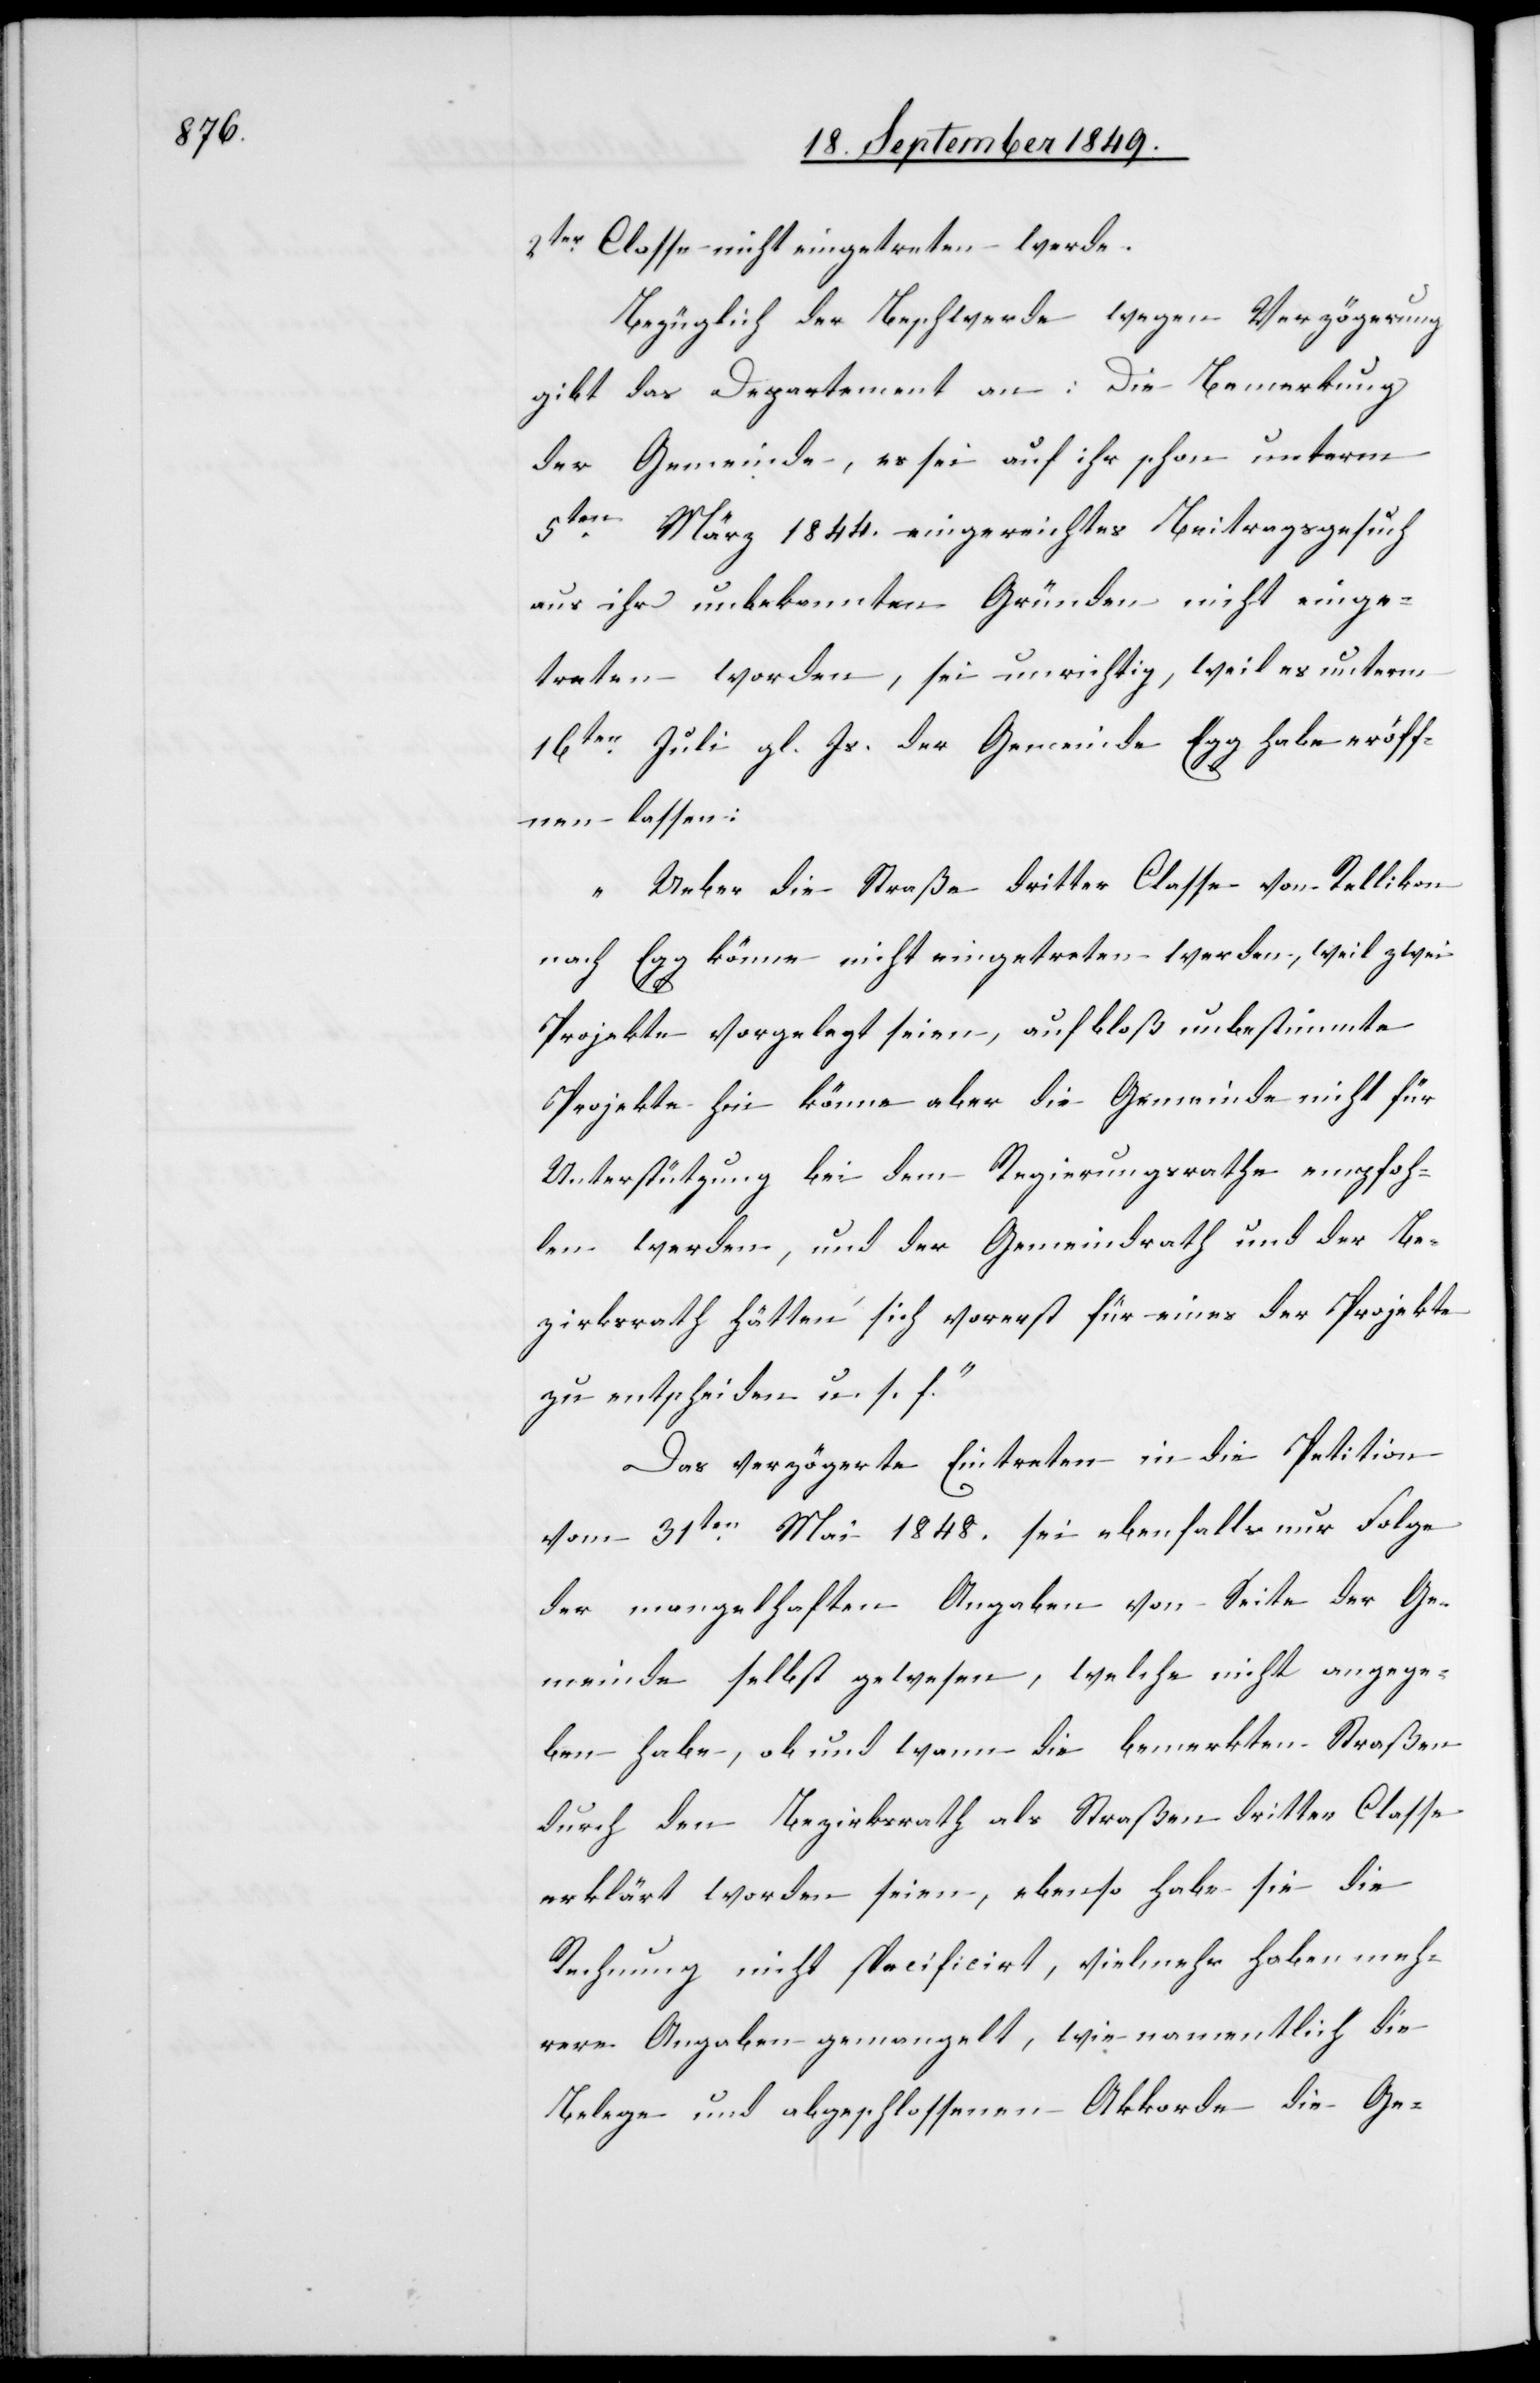
2ter Classe nicht eingetreten werde.
Bezüglich der Beschwerde wegen Verzögerung
gibt das Departement an: Die Bemerkung
der Gemeinde, es sei auf ihr schon unterm
5ten März 1844. eingereichtes Beitragsgesuch
aus ihr unbekannten Gründen nicht einge¬
treten worden, sei unrichtig, weil es unterm
16ten Juli gl. Js. der Gemeinde Egg habe eröff¬
nen lassen:
„Ueber die Straße dritter Classe von Rellikon
nach Egg könne nicht eingetreten werden, weil zwei
Projekte vorgelegt seien, auf bloß unbestimmte
Projekte hin könne aber die Gemeinde nicht für
Unterstützung bei dem Regierungsrathe empfoh¬
len werden, und der Gemeindrath und der Be¬
zirksrath hätten sich vorerst für eines der Projekte
zu entscheiden u. s. f.“
Das verzögerte Eintreten in die Petition
vom 31ten Mai 1848. sei ebenfalls nur Folge
der mangelhaften Angaben von Seite der Ge¬
meinde selbst gewesen, welche nicht angege¬
ben habe, ob und wann die bemerkten Straßen
durch den Bezirksrath als Straßen dritter Classe
erklärt worden seien, ebenso habe sie die
Rechnung nicht specificirt, vielmehr haben meh¬
rere Angaben gemangelt, wie namentlich die
Belege und abgeschlossenen Akkorde die Ge-